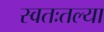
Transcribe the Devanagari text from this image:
स्वतःतल्या